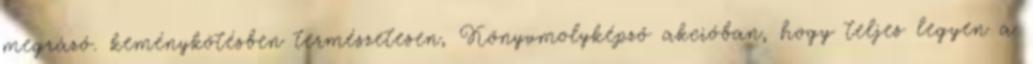
megrázó. keménykötésben természetesen, Könyvmolyképző akcióban, hogy teljes legyen a